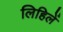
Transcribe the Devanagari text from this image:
लिहिलें